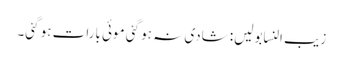
زیب النسابولیں: شادی نہ ہو گئی موئی بارات ہو گئی۔